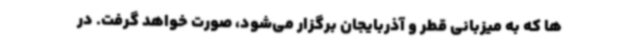
ها که به میزبانی قطر و آذربایجان برگزار می‌شود، صورت خواهد گرفت. در